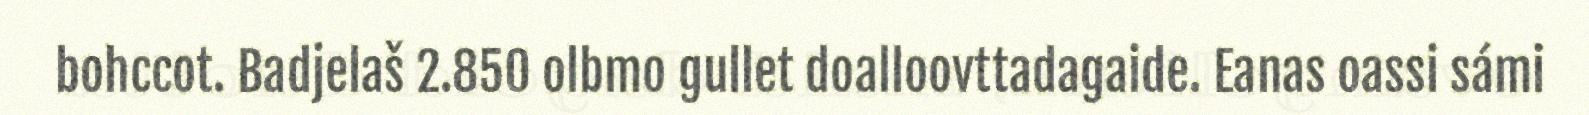
bohccot. Badjelaš 2.850 olbmo gullet doalloovttadagaide. Eanas oassi sámi